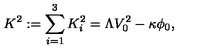
K ^ { 2 } : = \sum _ { i = 1 } ^ { 3 } K _ { i } ^ { 2 } = \Lambda V _ { 0 } ^ { 2 } - \kappa \phi _ { 0 } ,